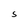
Character: 5